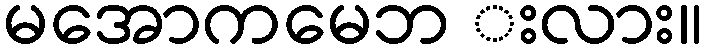
မအောကမေဘ းလား။